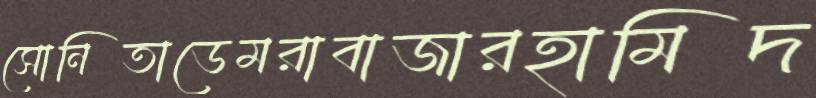
সোনিতাডেমরাবাজারহামিদ